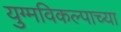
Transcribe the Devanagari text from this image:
युग्मविकल्पाच्या